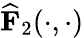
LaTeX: \widehat{\mathbf{F}}_{2}(\cdot,\cdot)